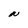
Character: N